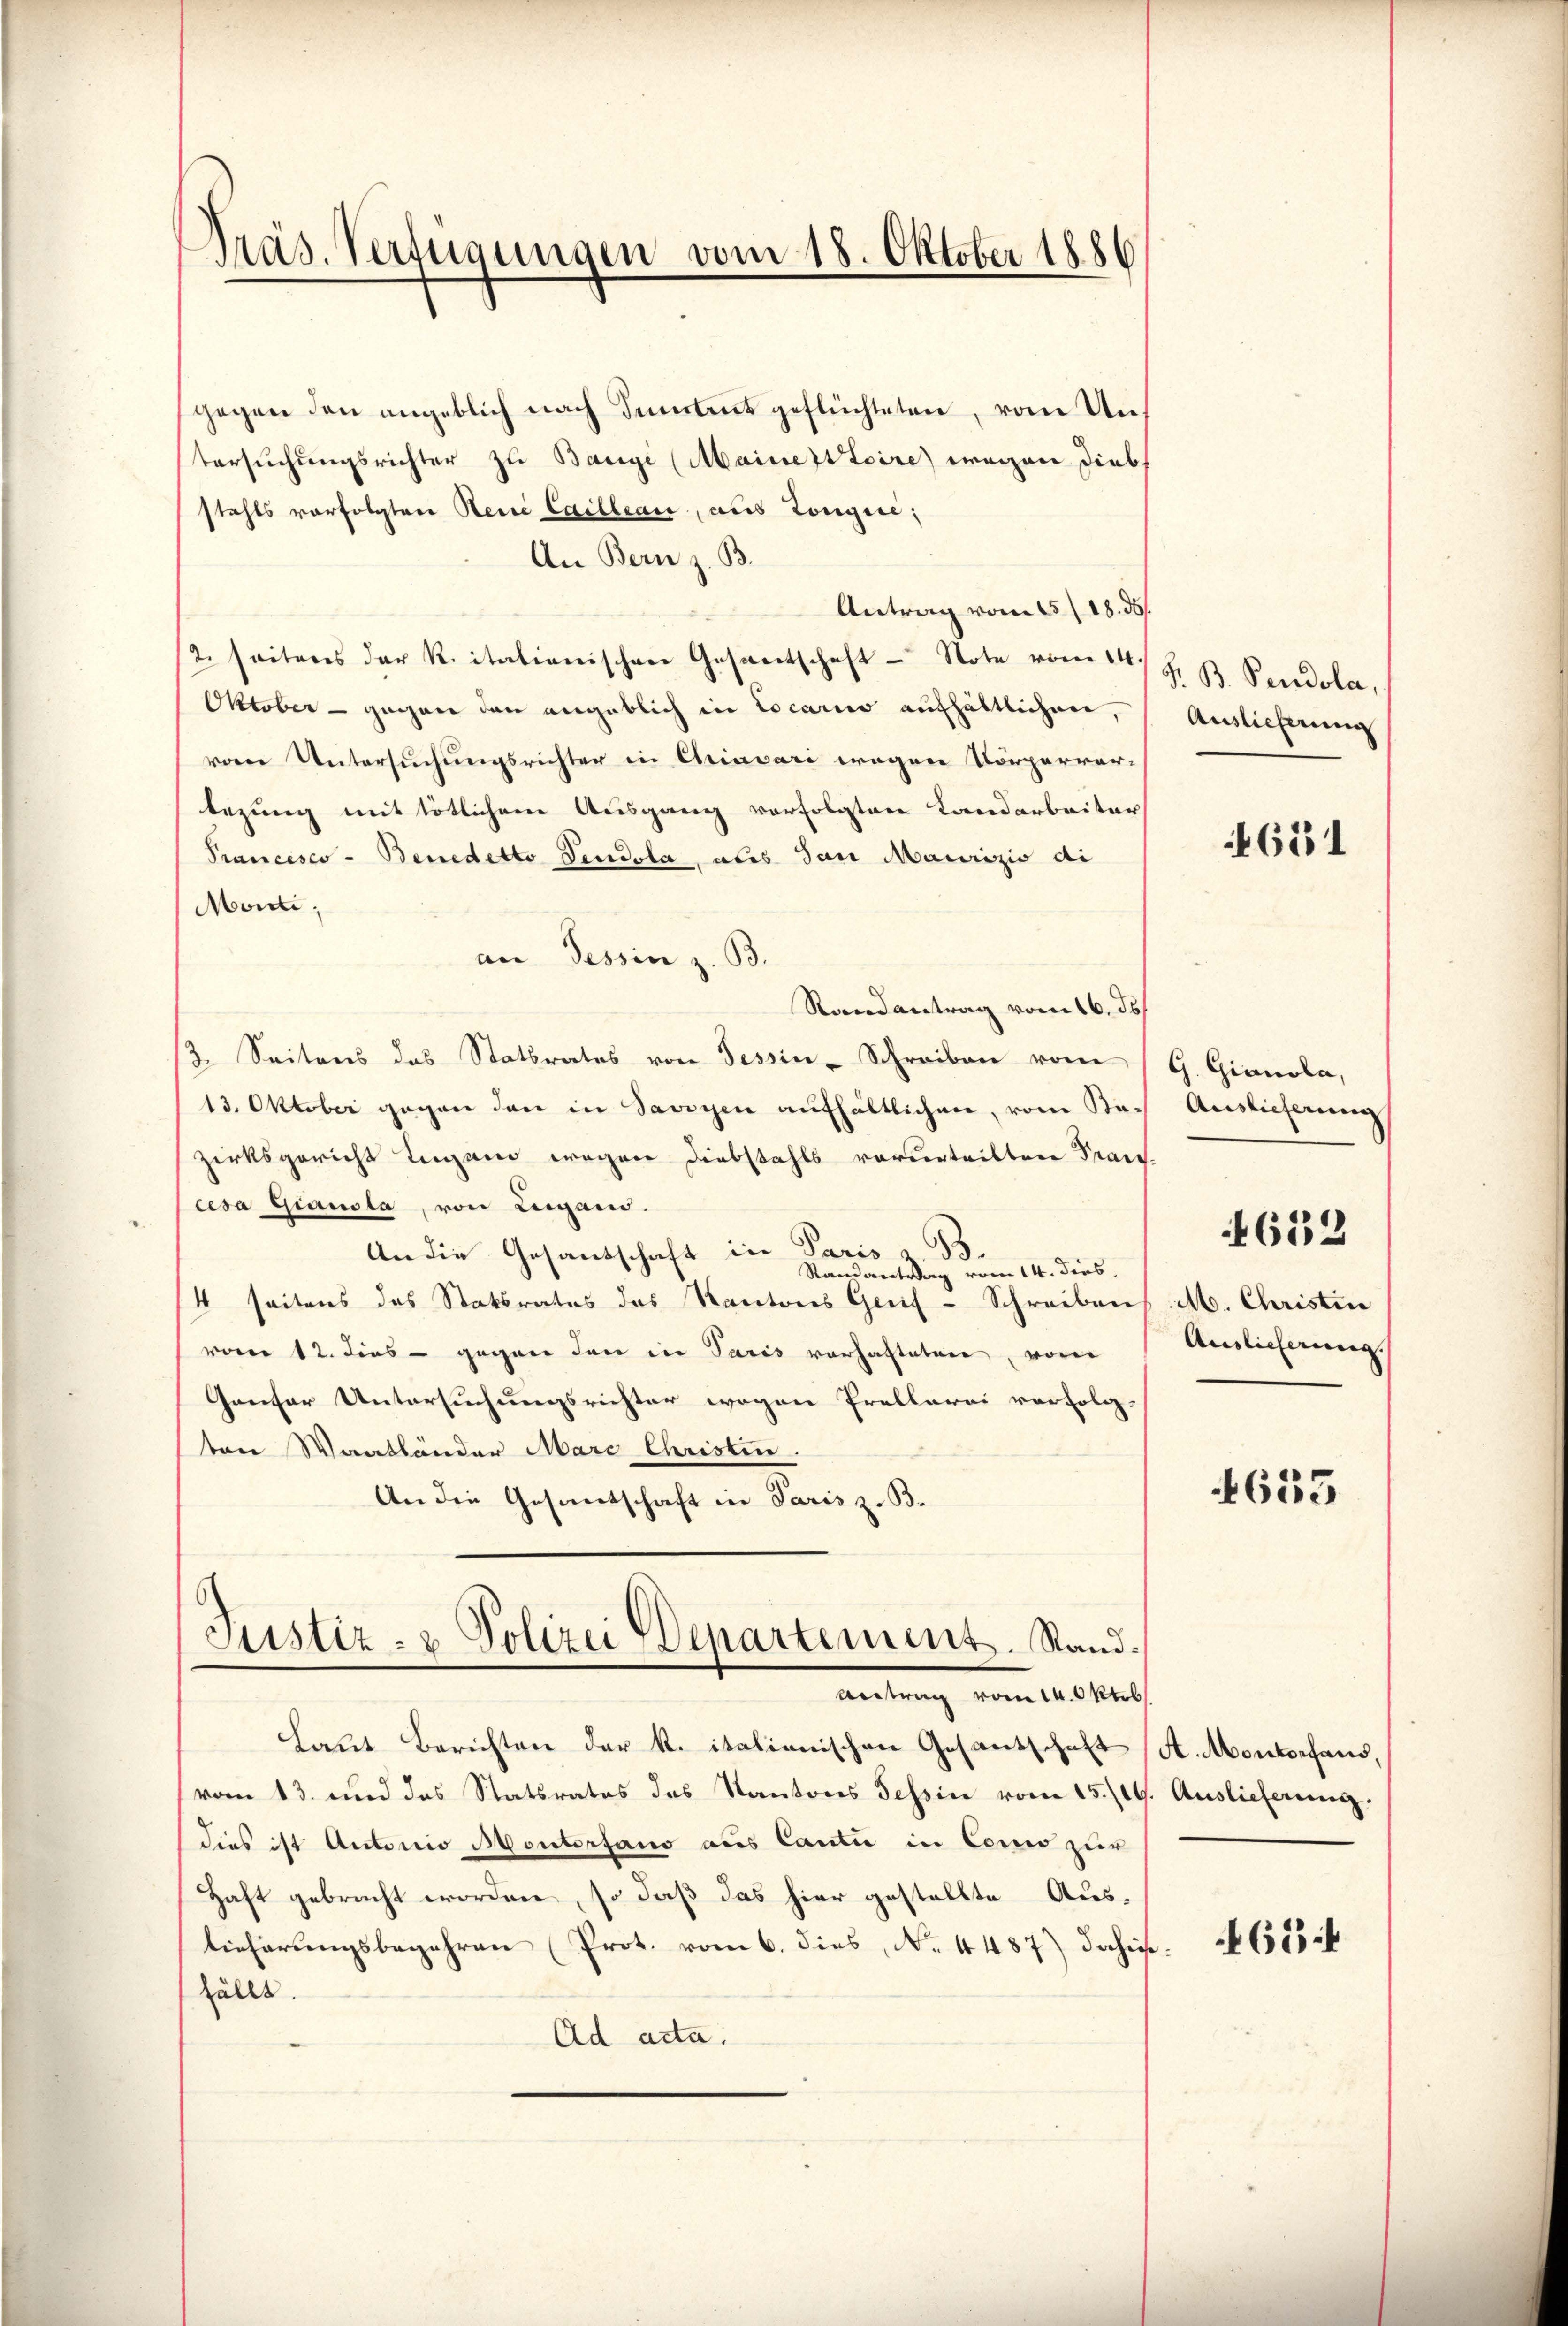
gegen den angeblich nach Sentent geflüchteten, vom Untersuchungsrichter zu Bauge (Mainertoire) wegen Diebs
stahls vorfolgten Reue Cailleau, aus Longire;
An Bern z. B.
Antrag vom 15./18. ds.
2. seiteres der Ritationischen Gesantschaft - Note vom 14. Z. B. Pendola,
Oktober - gegen den angeblich in Locario aufhältlichen,
von Untersuchungsrichter in Chriavari wegen Körperver-
bezung mit tötlichen Ausgang verfolgten Landarbeiter
Prancisco - Benedetto Pendola, als San Maurizio di
Monti,
an Tessin z. B.
Randantrag vom 16. J
2. Seitens das Statbrates von Tessin-Schreiben vom 1 G. Gionola,
13. Oktober gegen den in Savoyen aufhältlichen, vom Bezirksgericht Lugand wegen Diebstahls verurteilten Trau-
cesa Giausla, von Lugano.
.
An die Gesandschaft in Paris z
Randantrag vom 14. dies
4 seitens des Statsrates des Kantons Geif-Schreibens M. Christin
vom 12. dies - gegen den in Paris vorhafteten, von
Genser Untersuchungsrichter wegen Prellarii verfolg-
ton Waatbänder Marc Christen.
An die Gesantschaft in Paris z. B.

Präs. Verfügungen vom 18. Oktober 1886

Justiz- & Polizei Departement. Sand¬
Antrag vom 14. Oktob

Laut Berichten der R. italienischen Gesantschaft (A. Monterhaus,
(vom 13. und das Statsrates des Kantons Tessin vom 15./19. Auslieferung.
dies ist Antonio Montersano aus Canti in Como zur
Haft gebracht worden, so daß das hier gestellte Auslieferungsbegehren (Prot. vom 6. dies, No. 4487) dahinfällt.
Ad acta.

Auslieferung

651

Auslieferung
4652
Auslieferung

4635

654